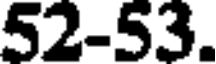
52-53.